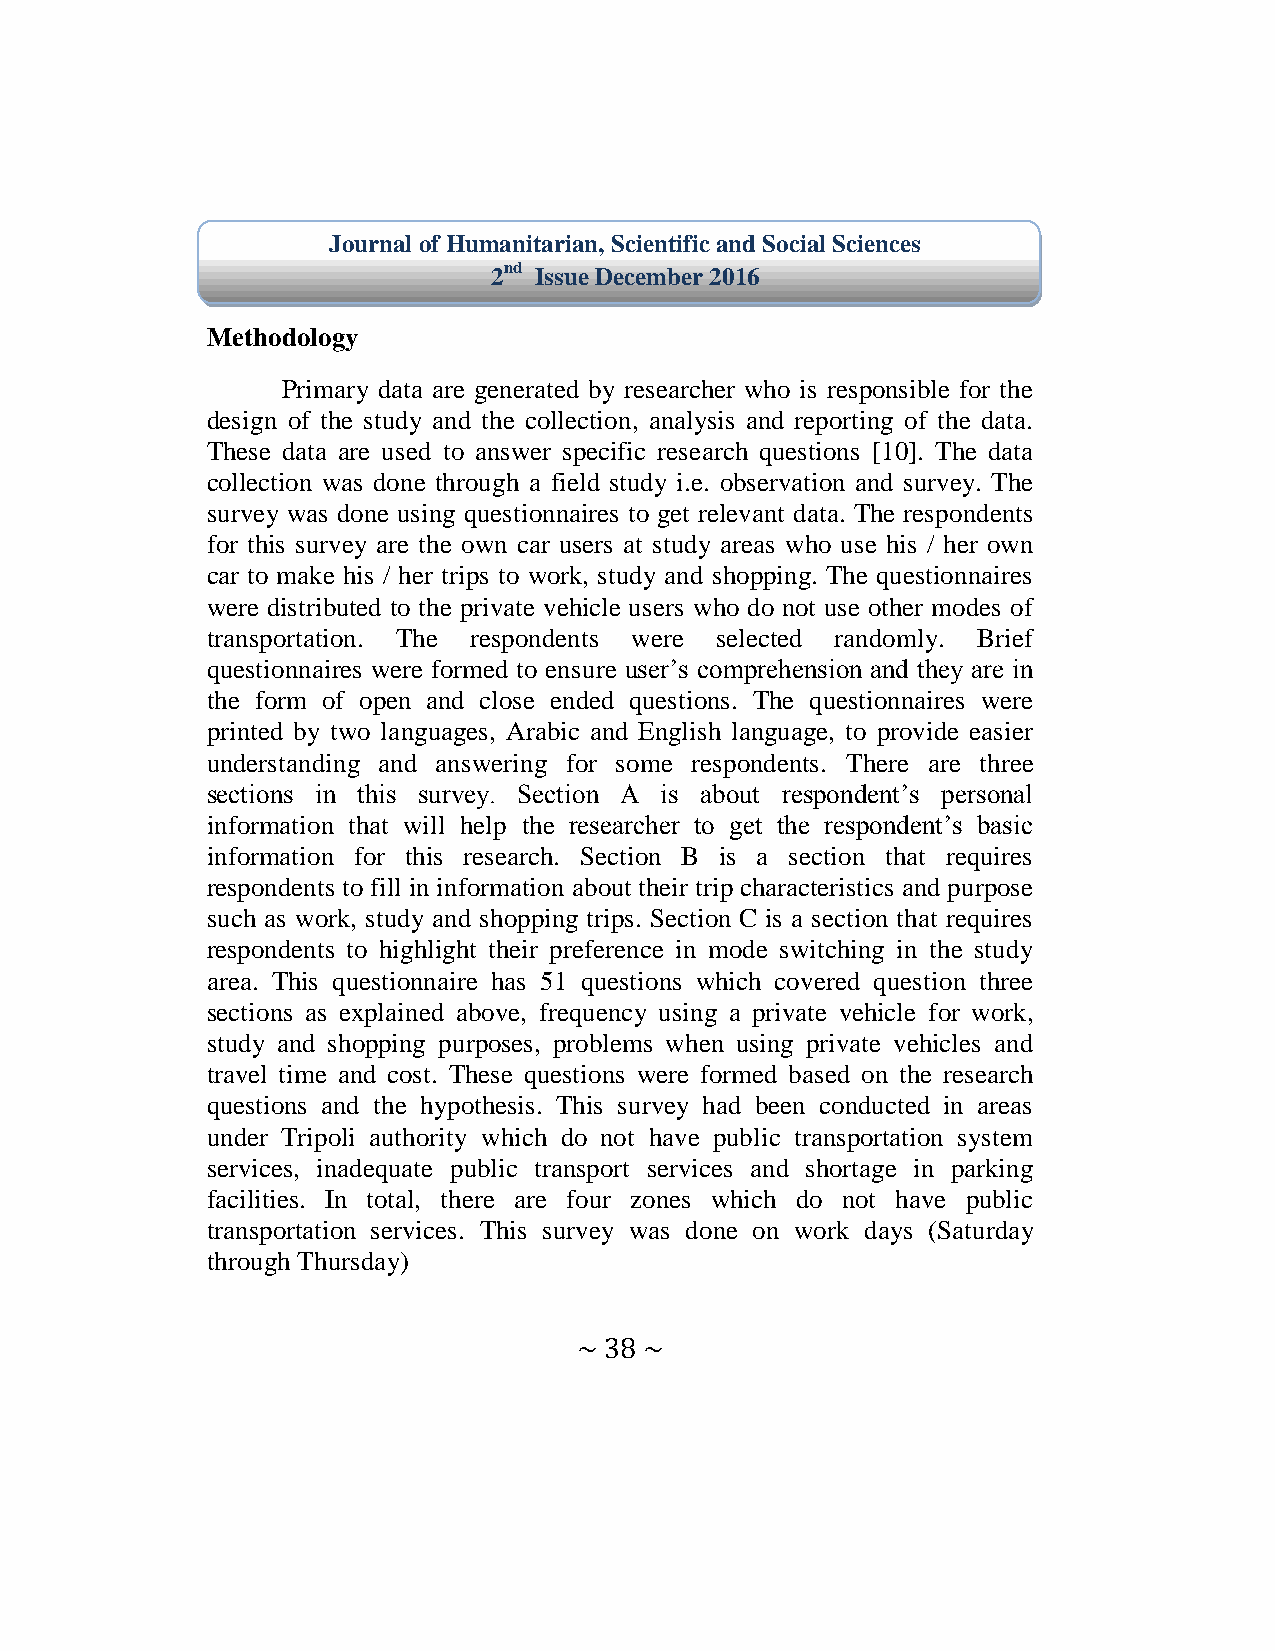
Journal of Humanitarian, Scientific and Social Sciences
 2nd Issue December 2016
 Methodology
 Primary data are generated by researcher who is responsible for the
 design of the study and the collection, analysis and reporting of the data.
 These data are used to answer specific research questions [10]. The data
 collection was done through a field study i.e. observation and survey. The
 survey was done using questionnaires to get relevant data. The respondents
 for this survey are the own car users at study areas who use his / her own
 car to make his / her trips to work, study and shopping. The questionnaires
 were distributed to the private vehicle users who do not use other modes of
 transportation. The respondents were selected randomly. Brief
 questionnaires were formed to ensure user’s comprehension and they are in
 the form of open and close ended questions. The questionnaires were
 printed by two languages, Arabic and English language, to provide easier
 understanding and answering for some respondents. There are three
 sections in this survey. Section A is about respondent’s personal
 information that will help the researcher to get the respondent’s basic
 information for this research. Section B is a section that requires
 respondents to fill in information about their trip characteristics and purpose
 such as work, study and shopping trips. Section C is a section that requires
 respondents to highlight their preference in mode switching in the study
 area. This questionnaire has 51 questions which covered question three
 sections as explained above, frequency using a private vehicle for work,
 study and shopping purposes, problems when using private vehicles and
 travel time and cost. These questions were formed based on the research
 questions and the hypothesis. This survey had been conducted in areas
 under Tripoli authority which do not have public transportation system
 services, inadequate public transport services and shortage in parking
 facilities. In total, there are four zones which do not have public
 transportation services. This survey was done on work days (Saturday
 through Thursday)
 ~ 38 ~